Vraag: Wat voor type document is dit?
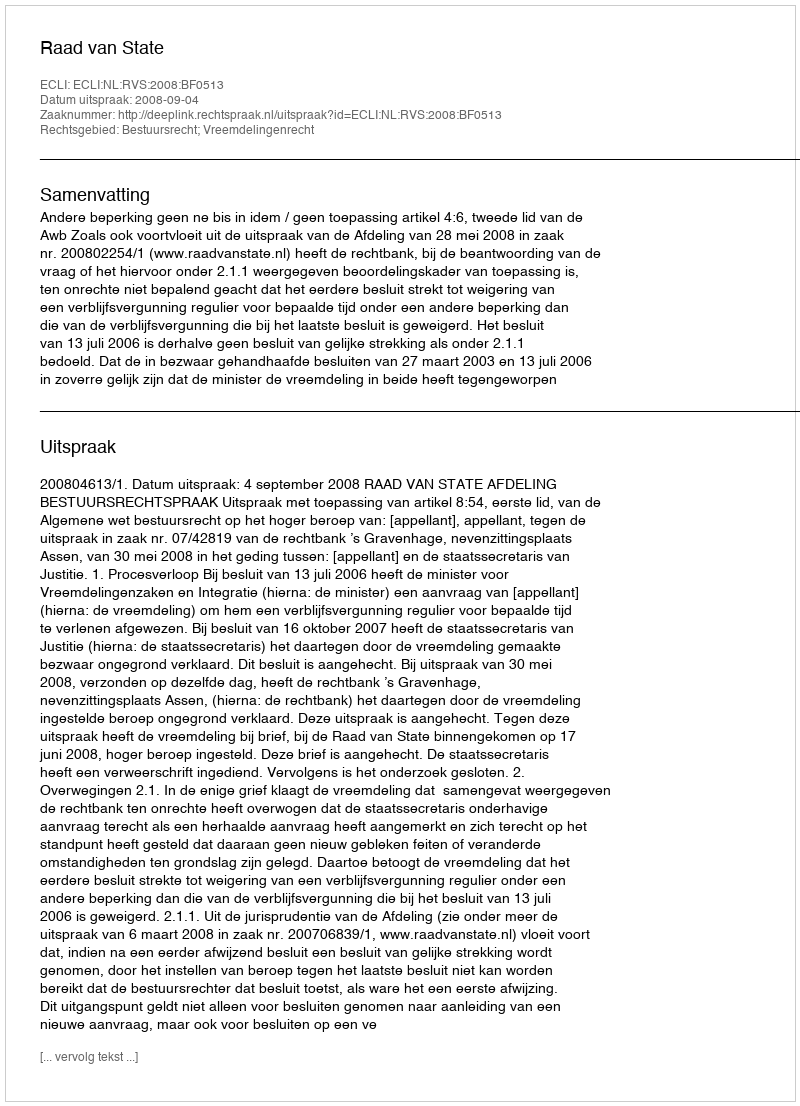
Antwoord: Uitspraak